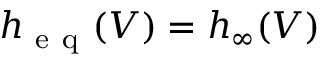
\begin{array} { r } { h _ { \mathrm { ~ e ~ q ~ } } ( V ) = h _ { \infty } ( V ) } \end{array}